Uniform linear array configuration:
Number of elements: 48
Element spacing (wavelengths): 0.75
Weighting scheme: blackman
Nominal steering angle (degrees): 60
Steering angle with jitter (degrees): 61.123
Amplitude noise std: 0.05
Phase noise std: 0.05

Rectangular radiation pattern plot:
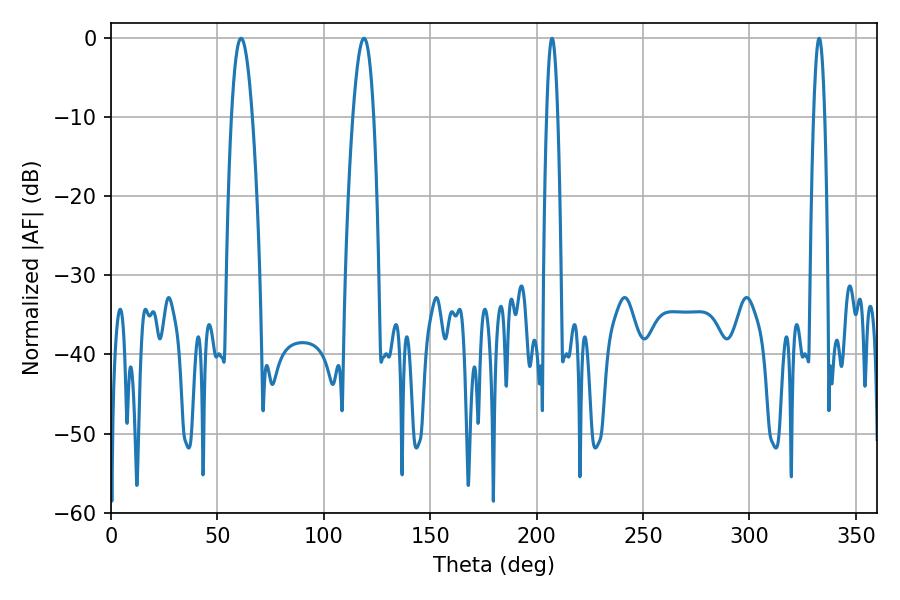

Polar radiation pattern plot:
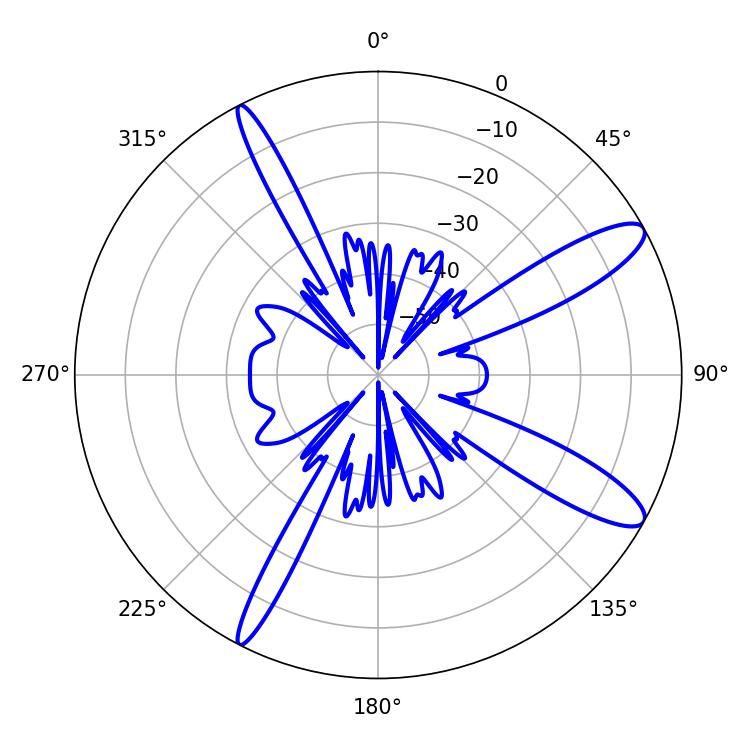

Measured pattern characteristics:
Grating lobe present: TRUE
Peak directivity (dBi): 11.948
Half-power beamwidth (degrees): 5.4
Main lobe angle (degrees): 118.8